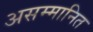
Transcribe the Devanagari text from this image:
असम्मानित